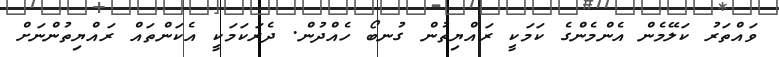
ވައްތަރު ކަލޭމެން އެންމެންގެ ކަމަކީ ރައްޔިތުން ގުނބޯ ހެއްދުން. ދެރަކަމަކީ އެކަންތައް ރައްޔިތުންނަށް